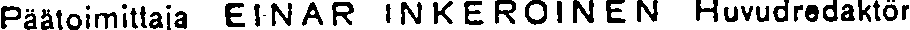
Päätoimittaja EINAR INKEROINEN Huvudredaktör